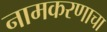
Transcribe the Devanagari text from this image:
नामकरणाचा